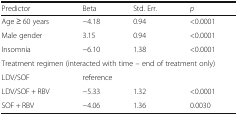
<table><thead><tr><td><b>Predictor</b></td><td><b>Beta</b></td><td><b>Std. Err.</b></td><td><b><i>p</i></b></td></tr></thead><tbody><tr><td>Age ≥ 60 years</td><td>−4.18</td><td>0.94</td><td>&lt;0.0001</td></tr><tr><td>Male gender</td><td>3.15</td><td>0.94</td><td>&lt;0.0001</td></tr><tr><td>Insomnia</td><td>−6.10</td><td>1.38</td><td>&lt;0.0001</td></tr><tr><td colspan="4">Treatment regimen (interacted with time – end of treatment only)</td></tr><tr><td>LDV/SOF</td><td colspan="3">reference</td></tr><tr><td>LDV/SOF + RBV</td><td>−5.33</td><td>1.32</td><td>&lt;0.0001</td></tr><tr><td>SOF + RBV</td><td>−4.06</td><td>1.36</td><td>0.0030</td></tr></tbody></table>